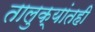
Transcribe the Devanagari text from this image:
तालुक्यांतही